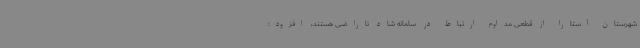
شهرستان آستارا از قطعی مداوم ارتباط در سامانه شاد ناراضی هستند، افزود: